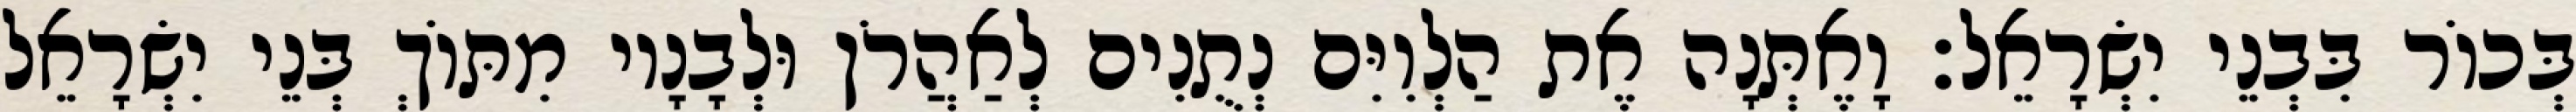
בְּכוֹר בִּבְנֵי יִשְׂרָאֵל׃ וָאֶתְּנָה אֶת הַלְוִיִּם נְתֻנִים לְאַהֲרֹן וּלְבָנָיו מִתּוֹךְ בְּנֵי יִשְׂרָאֵל